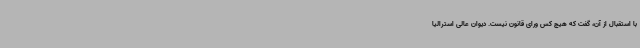
با استقبال از آن، گفت که هیچ کس ورای قانون نیست. دیوان عالی استرالیا